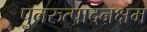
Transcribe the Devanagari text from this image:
पुनरुत्पादनक्षम